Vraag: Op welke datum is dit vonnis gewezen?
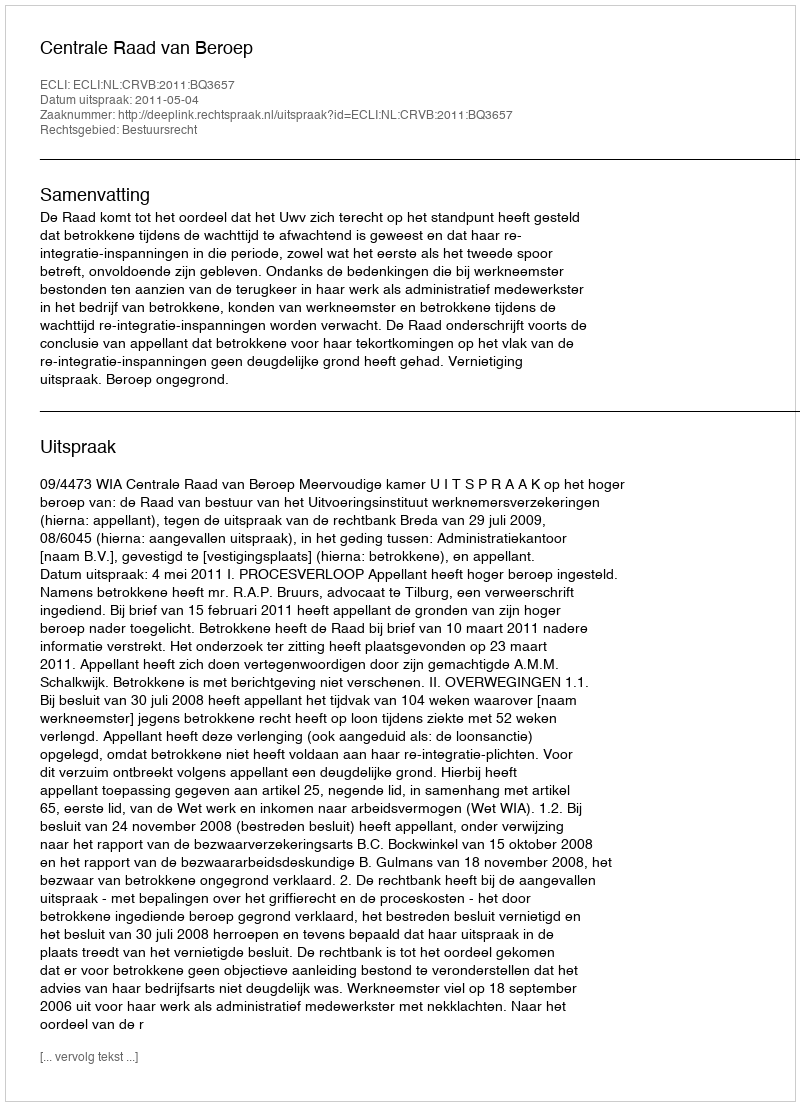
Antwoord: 2011-05-04